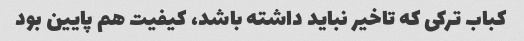
کباب ترکی که تاخیر نباید داشته باشد، کیفیت هم پایین بود